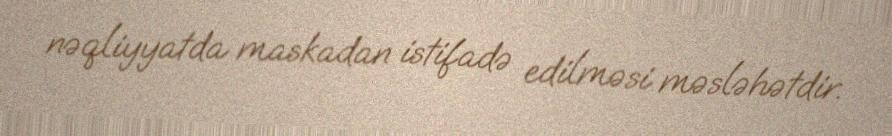
nəqliyyatda maskadan istifadə edilməsi məsləhətdir.